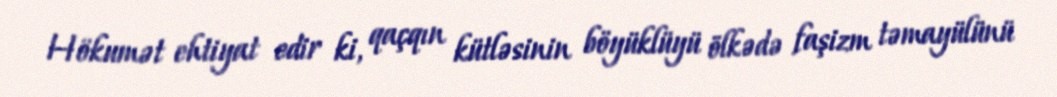
Hökumət ehtiyat edir ki, qaçqın kütləsinin böyüklüyü ölkədə faşizm təmayülünü